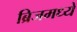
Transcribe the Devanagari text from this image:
ब्रिजमध्ये